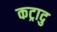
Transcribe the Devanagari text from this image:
कट्रादु